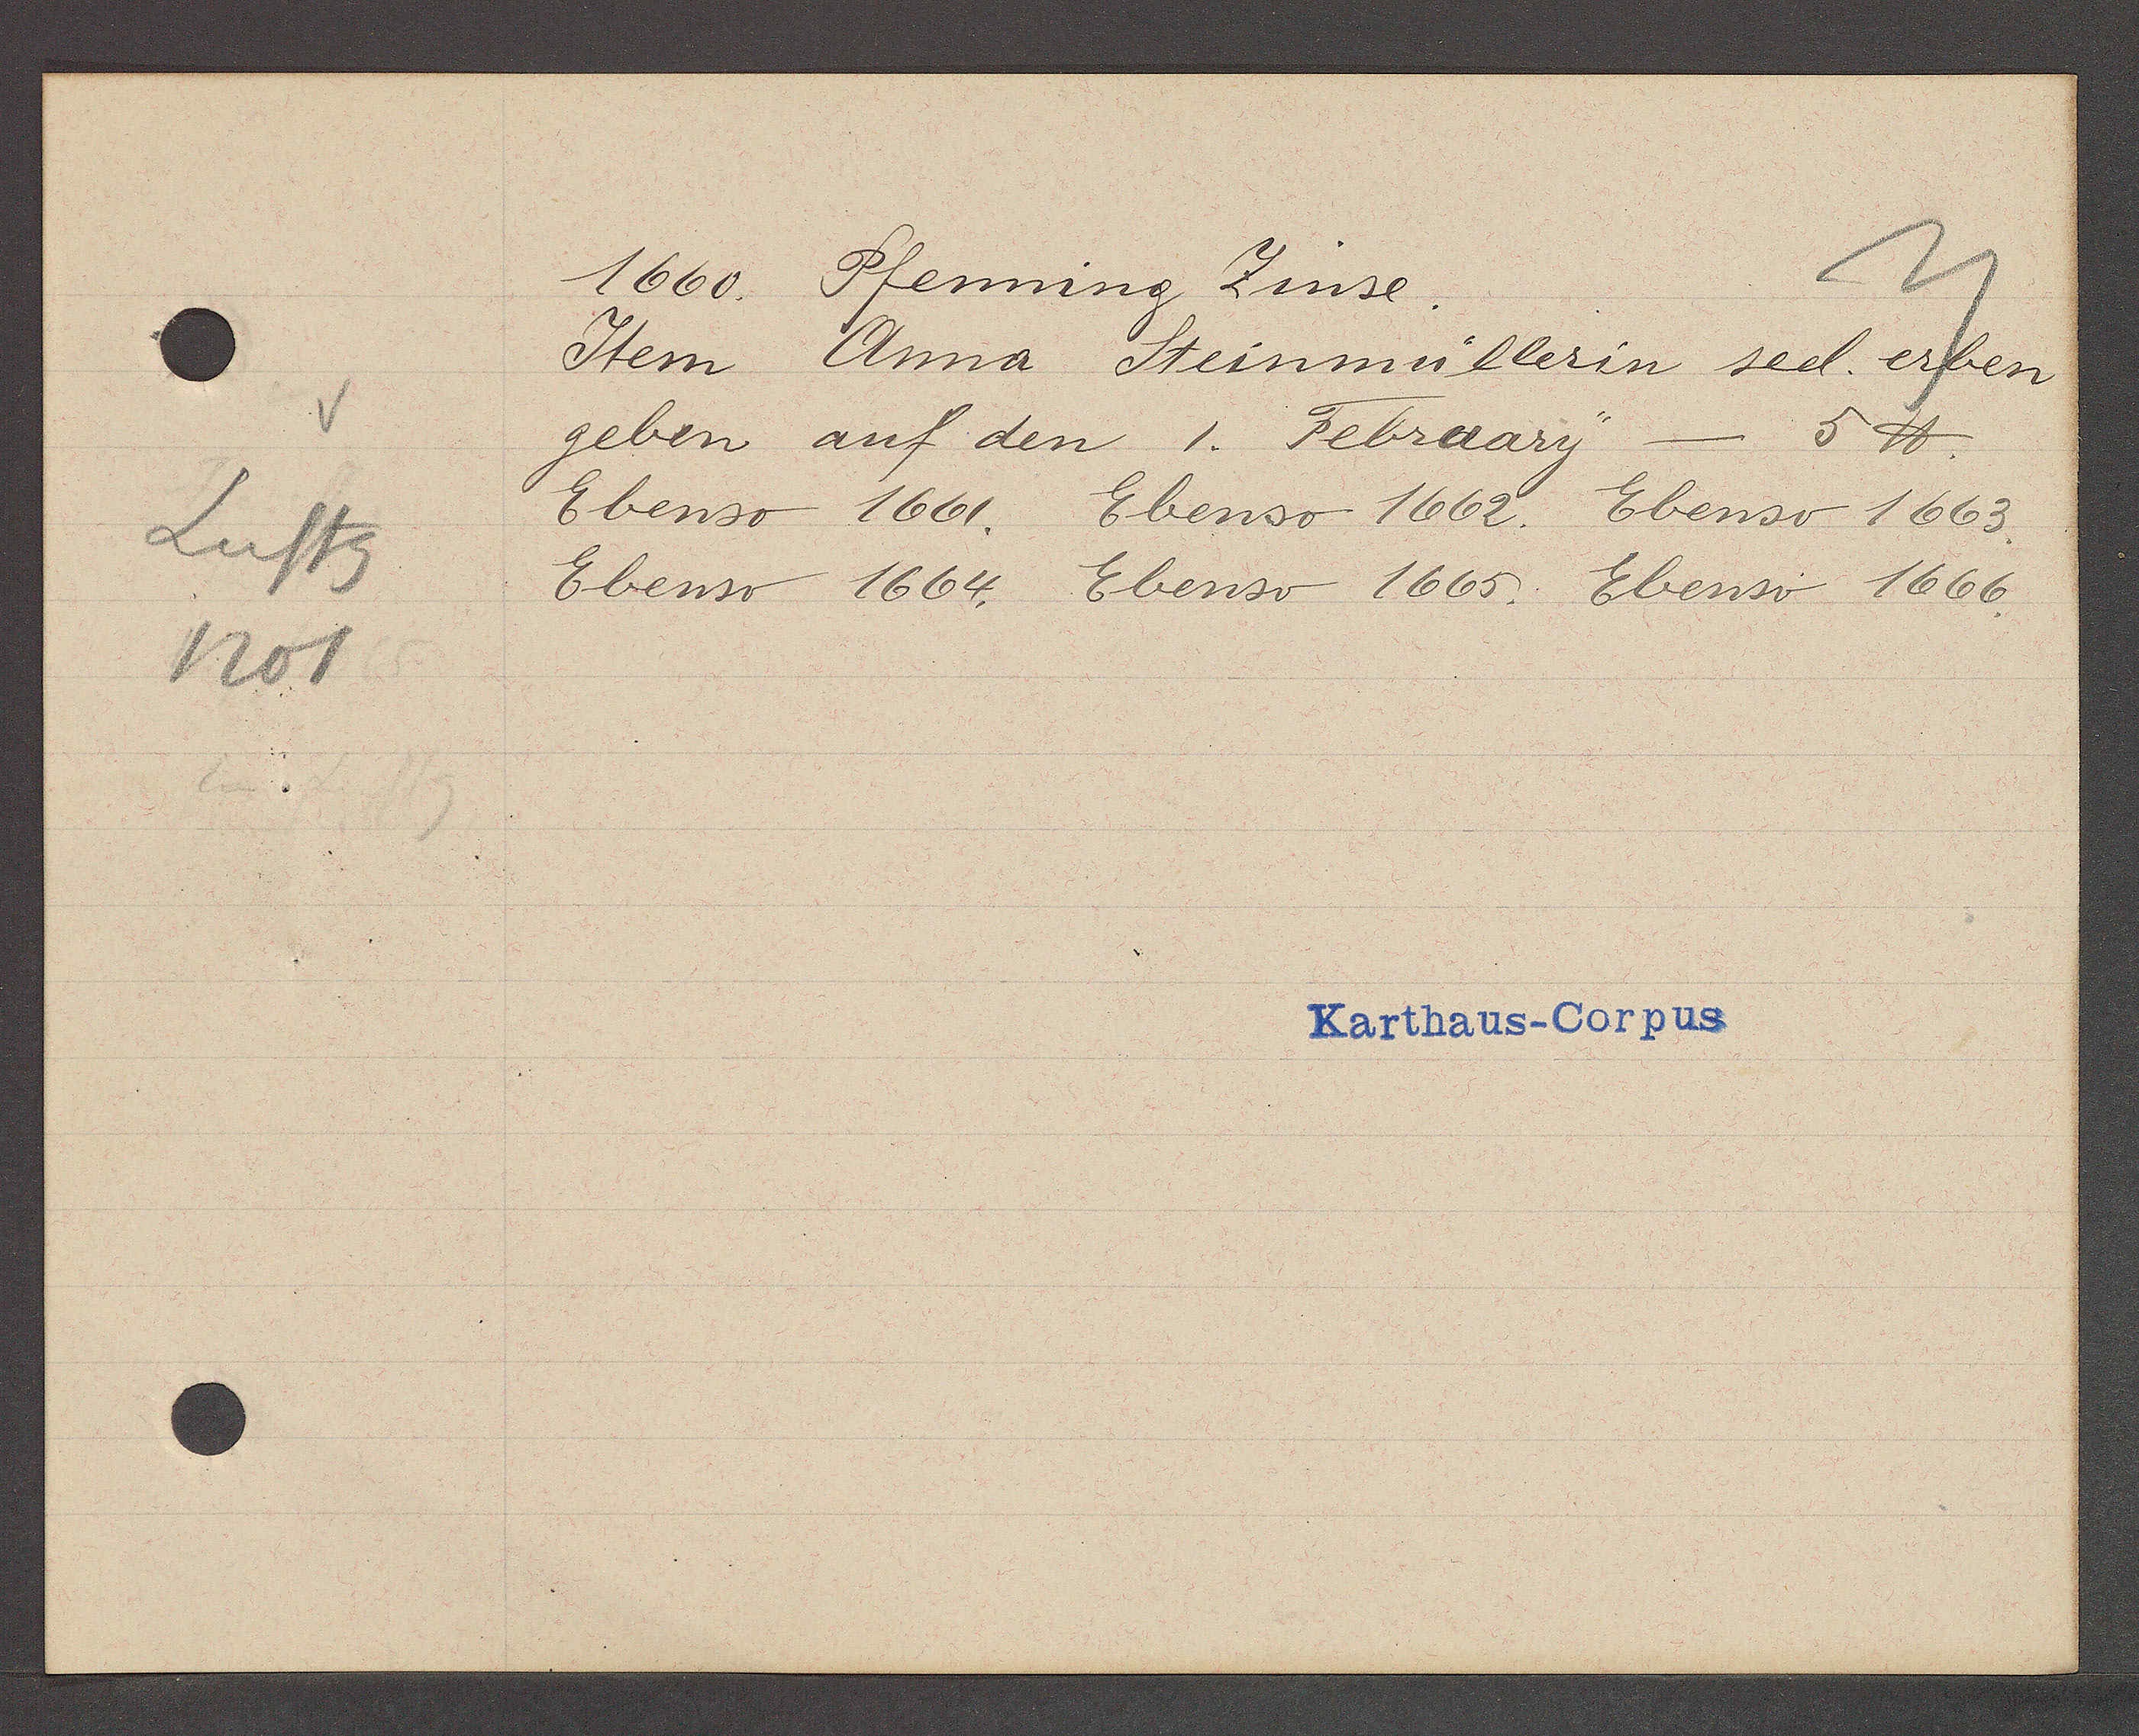
Transcript:
Luftg
1201

1660. Pfenning Zinse.

Item Anna Steinmüllerin seel. erben
5 ℔
geben auf den 1. February
Ebenso 1661. Ebenso 1662. Ebenso 1663.
Ebenso 1664. Ebenso 1665. Ebenso 1666.

Karthaus-Corpus